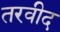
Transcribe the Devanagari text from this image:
तरवीद